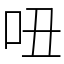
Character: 吜